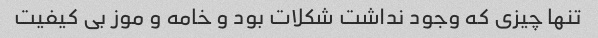
تنها چیزی که وجود نداشت شکلات بود و خامه و موز بی کیفیت